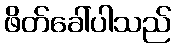
ဖိတ်ခေါ်ပါသည်